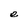
Character: e